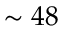
\sim 4 8